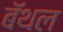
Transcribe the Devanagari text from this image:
बॅथल